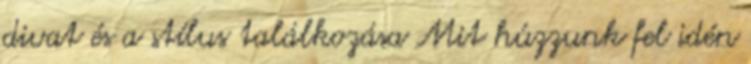
divat és a stílus találkozása Mit húzzunk fel idén